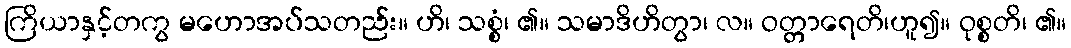
ကြိယာနှင့်တကွ မဟောအပ်သတည်း။ ဟိ၊ သစ္စံ၊ ၏။ သမာဒိဟိတွာ၊ လ။ ဝတ္တာရေတိ၊ဟူ၍။ ဝုစ္စတိ၊ ၏။